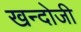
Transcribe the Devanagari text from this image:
खन्दोजी